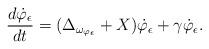
LaTeX: \begin{align*}\frac{d \dot{\varphi}_{\epsilon}}{dt}=(\Delta_{\omega_{\varphi_{\epsilon}}}+X)\dot{\varphi}_{\epsilon}+\gamma\dot{\varphi}_{\epsilon}.\end{align*}